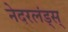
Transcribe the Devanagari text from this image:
नेदरलंड्स्